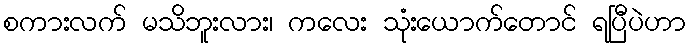
စကားလက် မသိဘူးလား၊ ကလေး သုံးယောက်တောင် ရပြီပဲဟာ